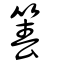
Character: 箺